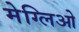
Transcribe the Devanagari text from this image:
मेग्लिओ